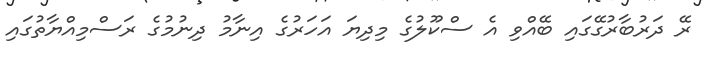
ރޭ ދަރުބާރުގޭގައި ބޭއްވި އެ ސްކޫލުގެ މިދިޔަ އަހަރުގެ އިނާމު ދިނުމުގެ ރަސްމިއްޔާތުގައި